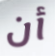
أن